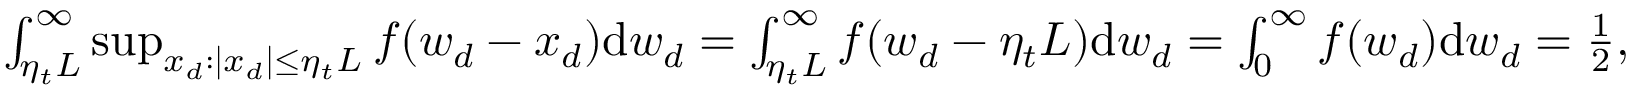
\begin{array} { r } { \int _ { \eta _ { t } L } ^ { \infty } \operatorname* { s u p } _ { x _ { d } : | x _ { d } | \leq \eta _ { t } L } f ( w _ { d } - x _ { d } ) \mathrm { d } w _ { d } = \int _ { \eta _ { t } L } ^ { \infty } f ( w _ { d } - \eta _ { t } L ) \mathrm { d } w _ { d } = \int _ { 0 } ^ { \infty } f ( w _ { d } ) \mathrm { d } w _ { d } = \frac { 1 } { 2 } , } \end{array}